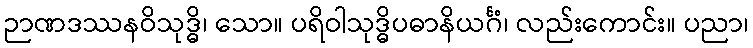
ဉာဏဒဿနဝိသုဒ္ဓိ၊ သော။ ပရိဝါသုဒ္ဓိပဓာနိယင်္ဂံ၊ လည်းကောင်း။ ပညာ၊